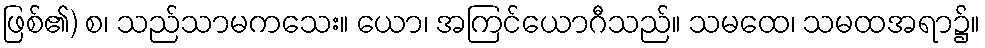
ဖြစ်၏) စ၊ သည်သာမကသေး။ ယော၊ အကြင်ယောဂီသည်။ သမထေ၊ သမထအရာ၌။